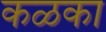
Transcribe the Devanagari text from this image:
कळका